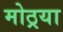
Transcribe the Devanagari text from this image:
मोठ्रया